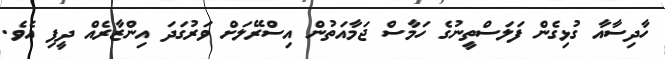
ހާދިސާއާ ގުޅިގެން ފަަލަސްތީނުގެ ހަމާސް ޖަމާއަތުން އިސްރޭލަށް ވަރުގަދަ އިންޒާރެއް ދީފި އެވެ.